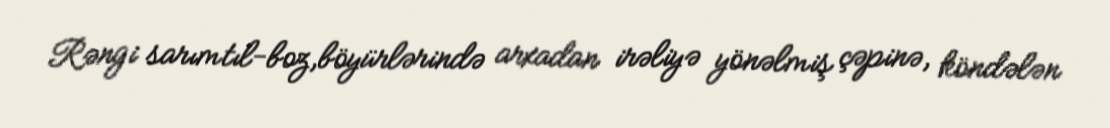
Rəngi sarımtıl-boz,böyürlərində arxadan irəliyə yönəlmiş çəpinə, köndələn